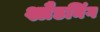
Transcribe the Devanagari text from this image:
श्लैडमिंग